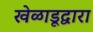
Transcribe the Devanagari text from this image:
खेळाडूद्वारा